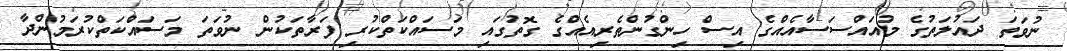
ނުވަތަ ދައުލަތުގެ މުއައްސަސާއެއްގެ އިސް ހިންގުންތެރިއެއްގެ ގޮތުގައި މަސައްކަތްކުރި ފަރާތަކުން ނުވަތަ މަސައްކަތްކުރަމުންދާ